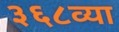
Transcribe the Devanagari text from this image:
३६८व्या